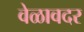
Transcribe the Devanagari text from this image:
वेळावदर